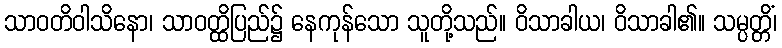
သာဝတိဝါသိနော၊ သာဝတ္ထိပြည်၌ နေကုန်သော သူတို့သည်။ ဝိသာခါယ၊ ဝိသာခါ၏။ သမ္ပတ္တိံ၊